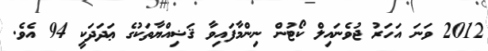
2012 ވަނަ އަހަރު ޖުވެނައިލް ކޯޓުން ނިންމާފައިވާ ޤަޟިއްޔާތަކުގެ ޢަދަދަކީ 94 އެވެ.